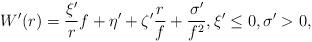
LaTeX: \begin{align*} W'(r) = \frac{\xi'}{r}f + \eta' + \zeta' \frac{r}{f} + \frac{\sigma'}{f^2}, \xi' \le 0, \sigma'>0,\end{align*}